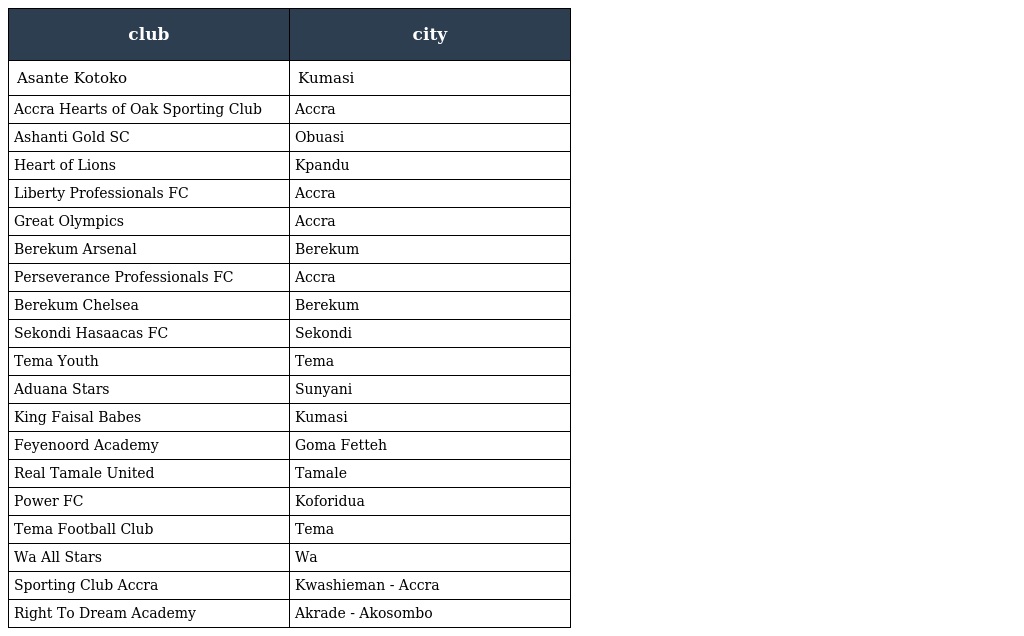
| club | city |
 | --- | --- |
 | Asante Kotoko | Kumasi |
 | Accra Hearts of Oak Sporting Club | Accra |
 | Ashanti Gold SC | Obuasi |
 | Heart of Lions | Kpandu |
 | Liberty Professionals FC | Accra |
 | Great Olympics | Accra |
 | Berekum Arsenal | Berekum |
 | Perseverance Professionals FC | Accra |
 | Berekum Chelsea | Berekum |
 | Sekondi Hasaacas FC | Sekondi |
 | Tema Youth | Tema |
 | Aduana Stars | Sunyani |
 | King Faisal Babes | Kumasi |
 | Feyenoord Academy | Goma Fetteh |
 | Real Tamale United | Tamale |
 | Power FC | Koforidua |
 | Tema Football Club | Tema |
 | Wa All Stars | Wa |
 | Sporting Club Accra | Kwashieman - Accra |
 | Right To Dream Academy | Akrade - Akosombo |